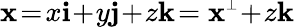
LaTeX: {\mathbf x}\! =\! x\mathbf{i}\! +\! y\mathbf{j}\! +\! z\mathbf{k}\! ={\mathbf x}^{\scriptscriptstyle\perp}\! +\! z\mathbf{k}